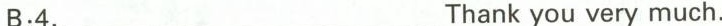
B:4.___Thank you very much.